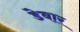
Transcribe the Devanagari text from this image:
डेबार